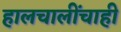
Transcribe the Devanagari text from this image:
हालचालींचाही